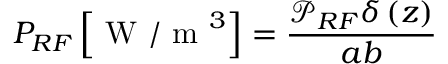
P _ { R F } \left[ \mathrm { ~ W ~ / ~ m ~ } ^ { 3 } \right] = \frac { \mathcal { P } _ { R F } \delta \left( z \right) } { a b }